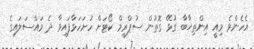
އެހެންވެ މިއީ އިންތިޚާބާ ގުޅޭ ގޮތުން ސުޕްރީމް ކޯޓަށް ހުށަހަޅާފައިވާ ދެ މައްސަލައިގެ